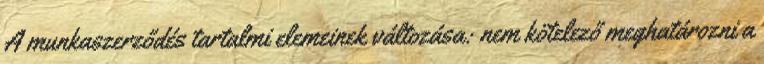
A munkaszerződés tartalmi elemeinek változása: nem kötelező meghatározni a